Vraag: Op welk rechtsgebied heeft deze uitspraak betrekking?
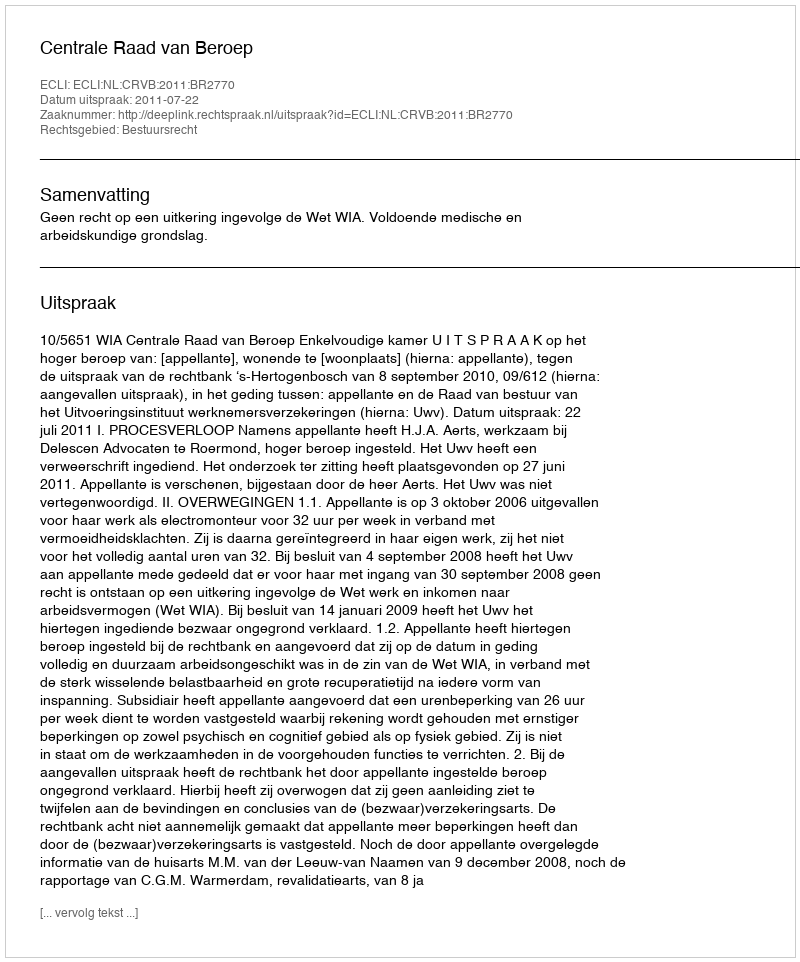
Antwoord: Bestuursrecht